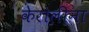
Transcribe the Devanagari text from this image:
केरोलीना